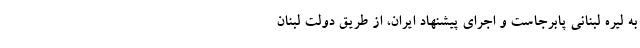
به لیره لبنانی پابرجاست و اجرای پیشنهاد ایران، از طریق دولت لبنان